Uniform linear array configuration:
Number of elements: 16
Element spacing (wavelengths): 0.25
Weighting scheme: blackman
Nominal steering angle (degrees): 45
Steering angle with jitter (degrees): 46.796
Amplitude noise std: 0.05
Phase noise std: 0.05

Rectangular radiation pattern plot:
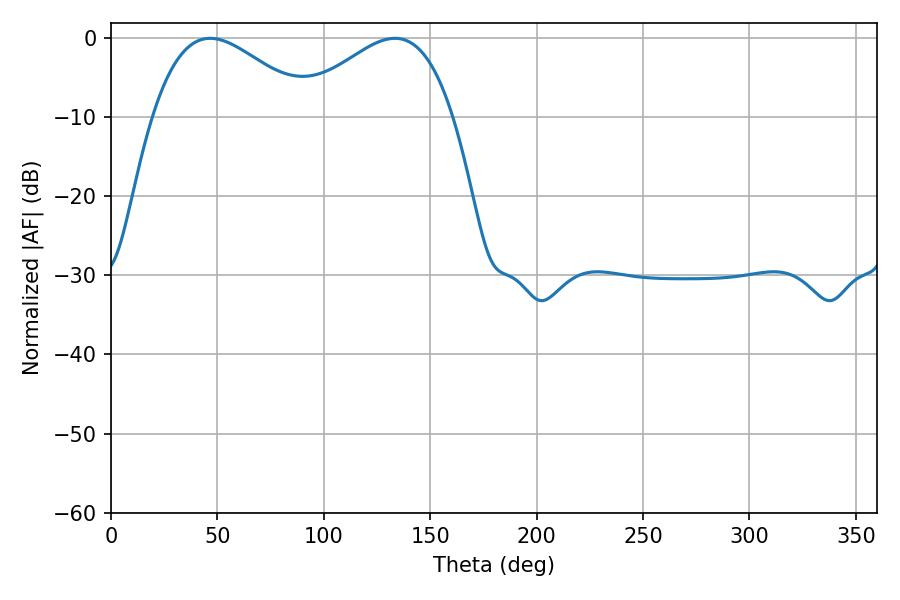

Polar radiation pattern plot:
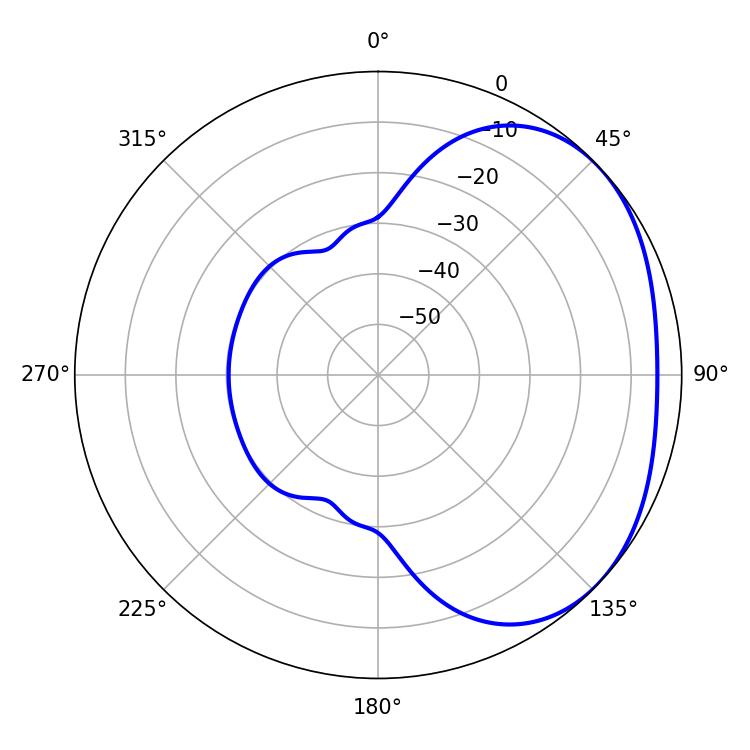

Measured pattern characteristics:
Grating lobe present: FALSE
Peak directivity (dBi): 2.424
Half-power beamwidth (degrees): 40.14
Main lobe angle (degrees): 46.62